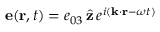
{ \bf e } ( { \bf r } , t ) = e _ { 0 3 } \, \hat { { \bf z } } \, e ^ { i ( { \bf k } \cdot { \bf r } - \omega t ) }